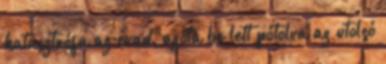
katasztrófa az évad, azóta be lett pótolva az utolsó